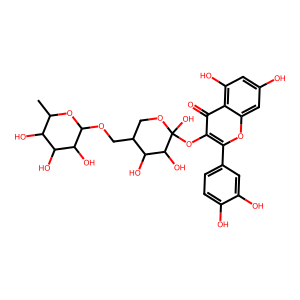
SMILES: CC1OC(OCC2COC(O)(Oc3c(-c4ccc(O)c(O)c4)oc4cc(O)cc(O)c4c3=O)C(O)C2O)C(O)C(O)C1O
Inhibits HIV replication: No